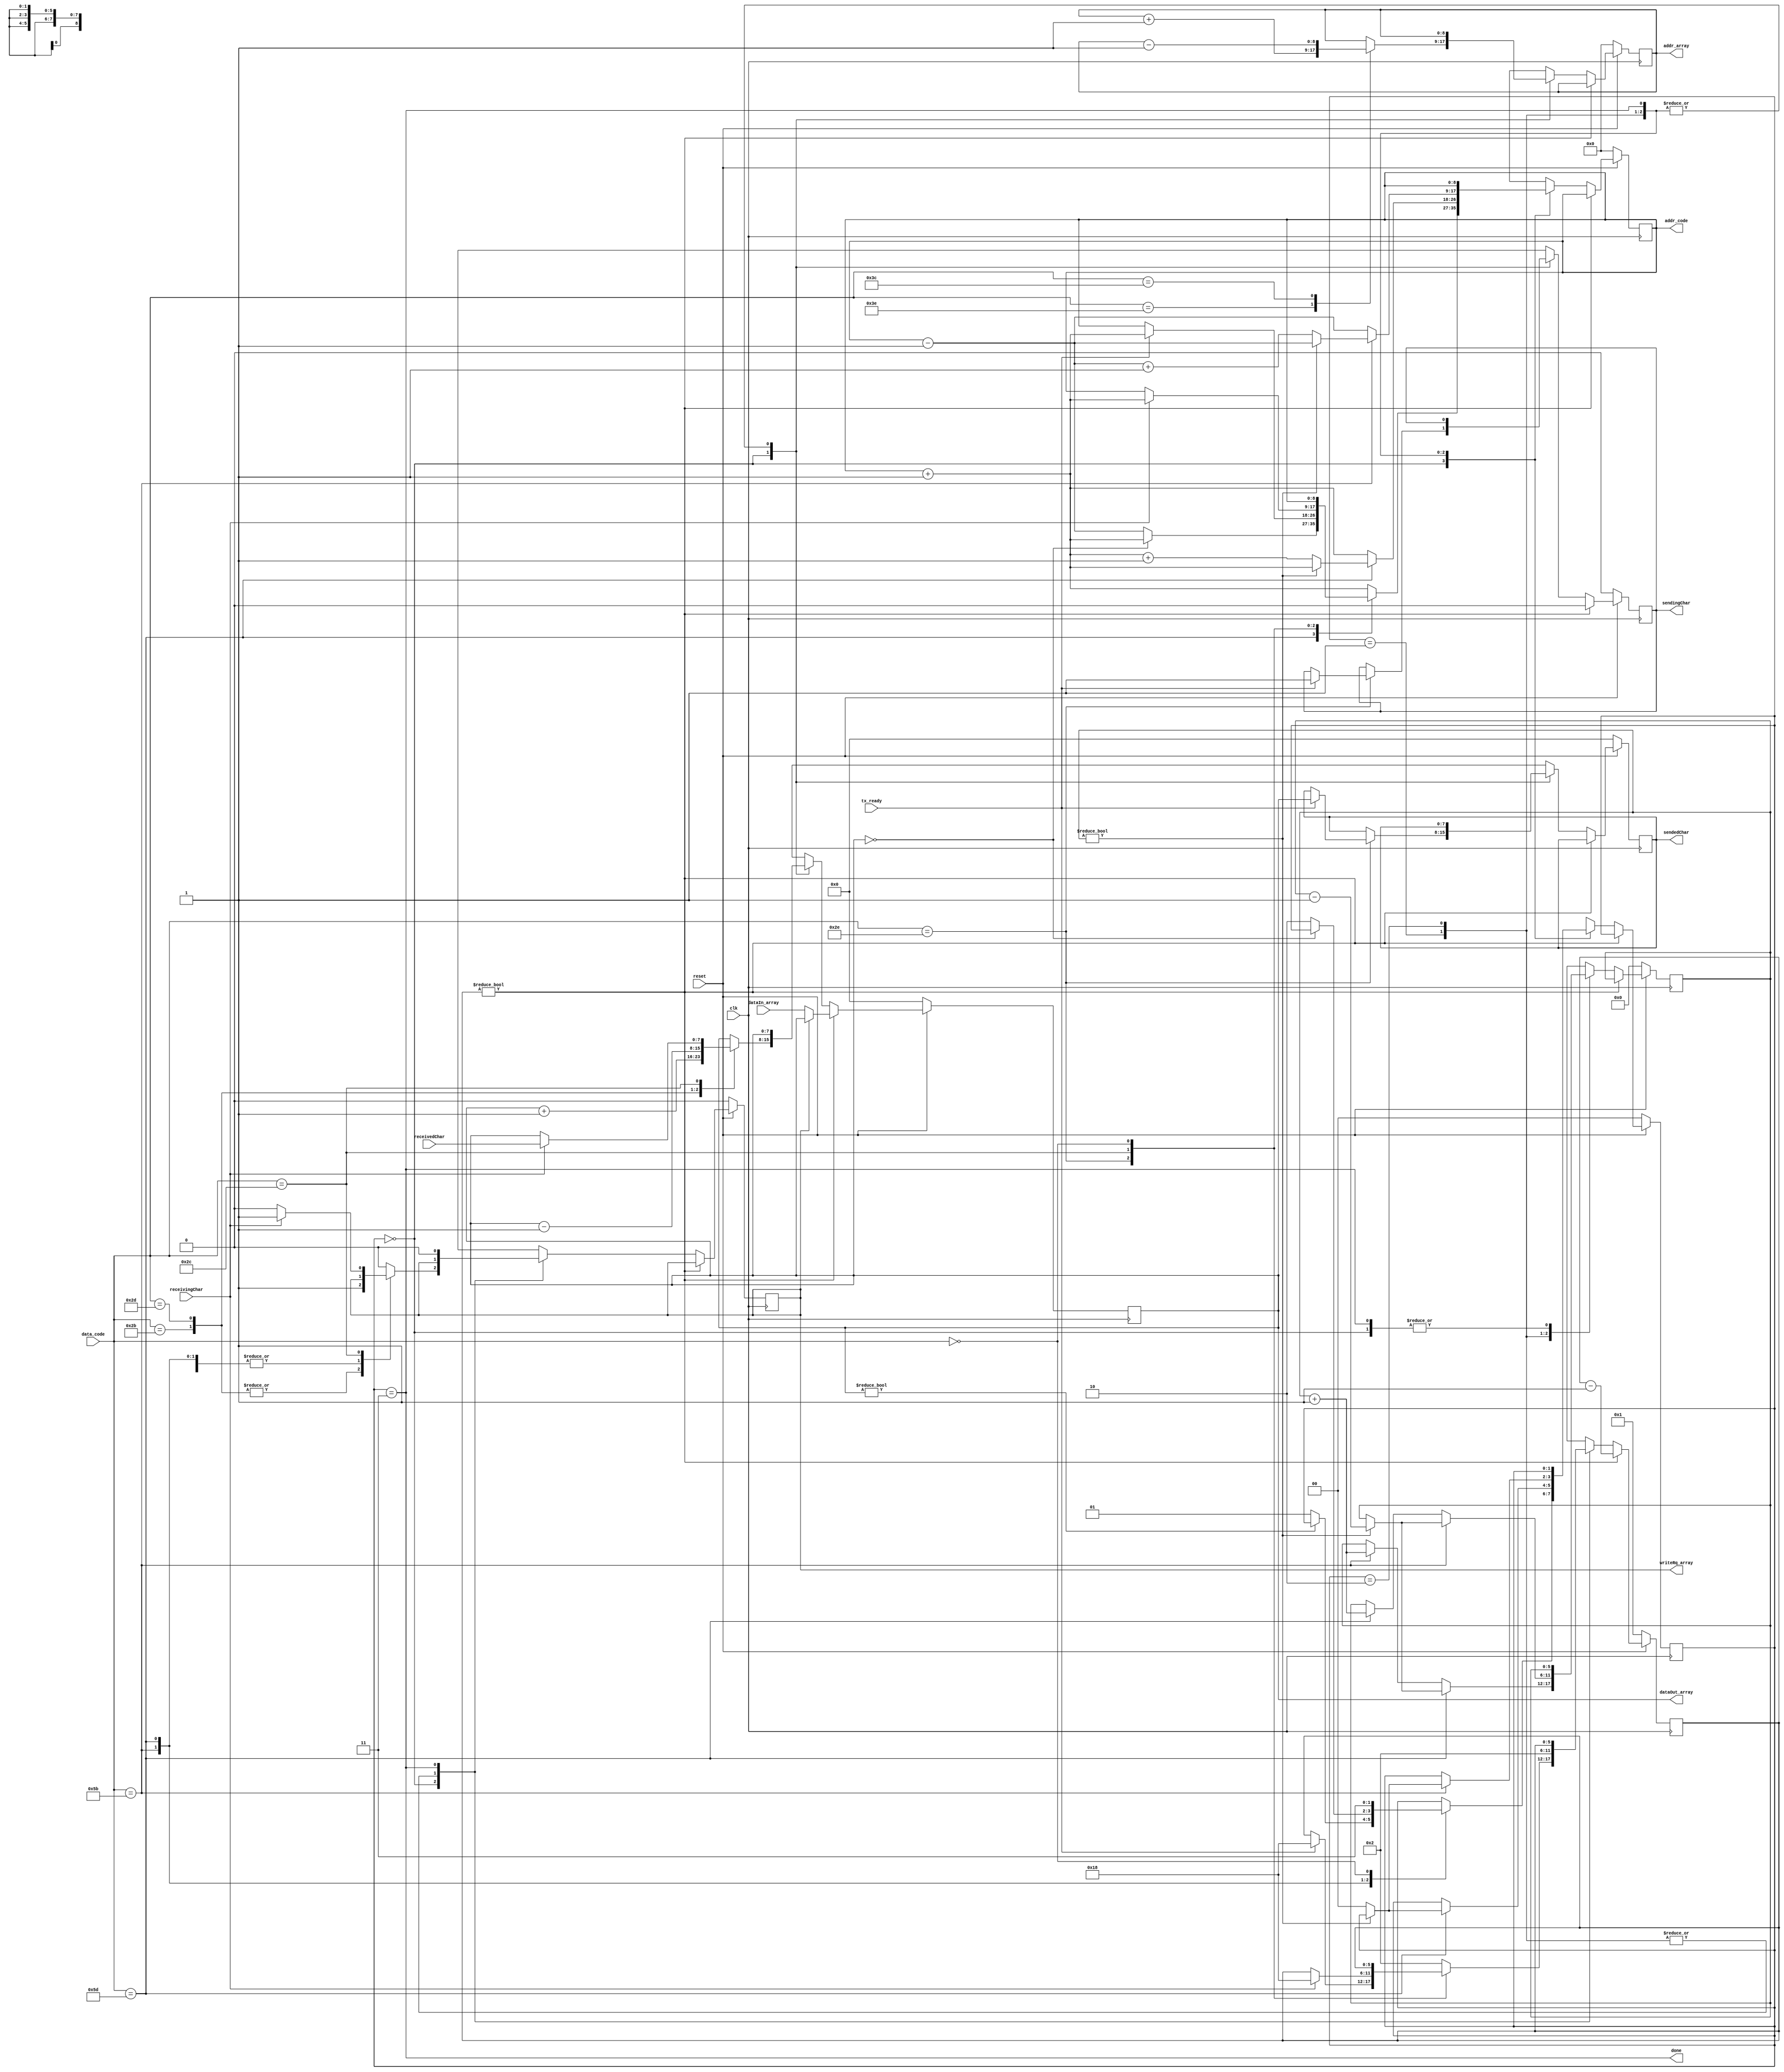
module brainfuckCore #(
    parameter addrSize_array = 9,
    addrSize_code = 9
    )(
    input clk,
    input reset,
    //code
    input [7:0] data_code,
    output reg [addrSize_code-1:0] addr_code = 0,
    output done, //turned to 1 when reached a null byte in the code
    //array
    input [7:0] dataIn_array,
    output reg [addrSize_array-1:0] addr_array = 0,
    output reg [7:0] dataOut_array = 0,
    output reg writeRq_array = 0,
    //parallel interface for . and ,
    input receivingChar,
    input [7:0] receivedChar,
    output reg sendingChar = 0,
    output reg [7:0] sendedChar = 0,
    input tx_ready
    //debug
    //,output [3:0] probe
    );

    reg [5:0] until_ready = 1;
    //until_ready is the number of clock cycles until the next instruction is runable
    reg [1:0] browsing = 0;
    //For browsing, 
    // * 0 means usual behaviour,
    // * 1 means browsing the code left to right between [ and ]
    // * 2 means browsing the code right to left between ] and [
    // * 3 means that we reached a non usual code char, the end of the code
    reg [$clog2(addrSize_code)+1:0] crossedBrackets = 0; //Number of brackets we crossed while browsing

    always @ (posedge clk)
        if(!reset)
        begin
            until_ready = 1;
            addr_code = 0;
            addr_array = 0;
            dataOut_array = 0;
            writeRq_array = 0;
            browsing = 0;
            crossedBrackets = 0;
            sendedChar = 0;
            sendingChar = 0;
        end
        else
        begin
            if(until_ready)
            begin
                until_ready = until_ready - 1;
                sendingChar = 0;
                if(!writeRq_array) //loading from the array
                    dataOut_array = dataIn_array;
            end
            else
                case(browsing)
                    2'b00:
                        case(data_code)
                            // +
                            8'h2B : 
                                begin
                                    dataOut_array = dataOut_array + 1 ;
                                    writeRq_array = 1;
                                    addr_code = addr_code + 1;
                                    until_ready = 2;
                                end
                            // -
                            8'h2D : 
                                begin
                                    dataOut_array = dataOut_array - 1;
                                    writeRq_array = 1;
                                    addr_code = addr_code + 1;
                                    until_ready = 2;
                                end
                            // >
                            8'h3E :
                                begin
                                    addr_array = addr_array + 1;
                                    writeRq_array = 0;
                                    addr_code = addr_code + 1;
                                    until_ready = 2;
                                end
                            // <
                            8'h3C :
                                begin
                                    addr_array = addr_array - 1;
                                    writeRq_array = 0;
                                    addr_code = addr_code + 1;
                                    until_ready = 2;
                                end
                            // [
                            8'h5B :
                                begin
                                    if(dataOut_array) //not 0, we keep going
                                    begin
                                        addr_code = addr_code + 1;
                                        until_ready = 2;
                                    end
                                    else //0, we go to the matching [
                                    begin
                                        browsing = 1;
                                        addr_code = addr_code + 1;
                                        until_ready = 2;
                                    end
                                end
                            // ]
                            8'h5D :
                                begin
                                    if(!dataOut_array) //0, we keep going
                                    begin
                                        addr_code = addr_code + 1;
                                        until_ready = 2;
                                    end
                                    else //not 0, we go to the matching [
                                    begin
                                        browsing = 2;
                                        addr_code = addr_code - 1;
                                        until_ready = 2;
                                    end
                                end
                            // .
                            8'h2E :
                                if(tx_ready)
                                begin
                                    addr_code = addr_code + 1;
                                    sendedChar = dataOut_array;
                                    sendingChar = 1;
                                    until_ready = 24; //We wit a lot in order not to skip close .
                                end
                            // ,
                            8'h2C :
                                begin
                                    if(receivingChar)
                                    begin
                                        dataOut_array = receivedChar;
                                        writeRq_array = 1;
                                        addr_code = addr_code + 1;
                                        until_ready = 24; //A long signal in order not to mix up multiple commas next to one another
                                    end
                                    else
                                        writeRq_array = 0;
                                end
                            //null byte might means the end of the code, we stop
                            8'h00 : 
                                begin
                                    writeRq_array = 0;
                                    browsing = 3;
                                end
                            //not code, probabely a comment, we pass
                            default :
                                begin
                                    addr_code = addr_code + 1;
                                    writeRq_array = 0;
                                    until_ready = 2;
                                end
                        endcase
                    2'b01 :
                        begin
                            until_ready = 2;
                            addr_code = addr_code + 1;
                            if(data_code == 8'h5D)
                            begin
                                if(crossedBrackets)
                                    crossedBrackets = crossedBrackets - 1;
                                else
                                begin
                                    browsing = 0;
                                    addr_code = addr_code + 1;
                                end
                            end
                            else if(data_code == 8'h5B)
                                crossedBrackets = crossedBrackets + 1;
                        end
                    2'b10 :
                        begin
                            until_ready = 2;
                            addr_code = addr_code - 1;
                            if(data_code == 8'h5B)
                            begin
                                if(crossedBrackets)
                                    crossedBrackets = crossedBrackets - 1;
                                else
                                begin 
                                    browsing = 0;
                                    addr_code = addr_code + 1;
                                end
                            end
                            else if(data_code == 8'h5D)
                                crossedBrackets = crossedBrackets + 1;
                        end
                    2'b11 : writeRq_array = 0;
                endcase
        end

    assign done = browsing == 2'b11;

    //Debug
    //assign probe[0] = ready;
    //assign probe[2:1] = browsing;
    //assign probe[3:0] = crossedBrackets[3:0];
    //assign probe[3:0] = {1'b0, 1'b0, 1'b0, until_ready == 0};

endmodule